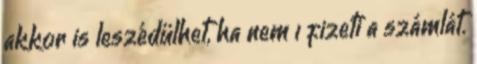
akkor is leszédülhet, ha nem ı fizeti a számlát.